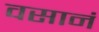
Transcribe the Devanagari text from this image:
वसानं